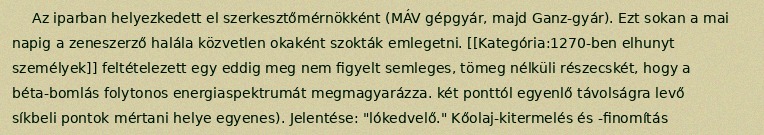
Az iparban helyezkedett el szerkesztőmérnökként (MÁV gépgyár, majd Ganz-gyár). Ezt sokan a mai napig a zeneszerző halála közvetlen okaként szokták emlegetni. [[Kategória:1270-ben elhunyt személyek]] feltételezett egy eddig meg nem figyelt semleges, tömeg nélküli részecskét, hogy a béta-bomlás folytonos energiaspektrumát megmagyarázza. két ponttól egyenlő távolságra levő síkbeli pontok mértani helye egyenes). Jelentése: "lókedvelő." Kőolaj-kitermelés és -finomítás